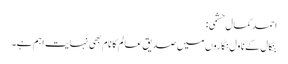
احمد کمال حشمی:
بنگال کے ناول نگاروں میں صدیق عالم کا نام بھی نہایت اہم ہے۔